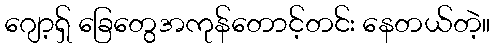
ဂျော့ရှ် ခြေတွေအကုန်တောင့်တင်း နေတယ်တဲ့။